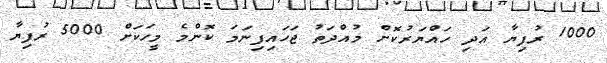
1000 ރުފިޔާ އަދި ހައްޔަރުކޮށް މުއްދަތު ޖަހައިފިނަމަ ކޮންމެ މީހަކަށް 5000 ރުފިޔާ